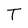
Character: T